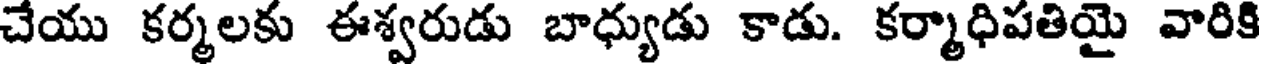
చేయు కర్మలకు ఈశ్వరుడు బాధ్యుడు కాడు. కర్మాధిపతియై వారికి